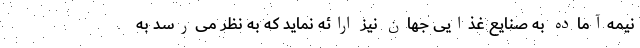
نیمه‌آماده به صنایع غذایی جهان نیز ارائه نماید که به نظر می‌رسد به